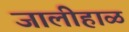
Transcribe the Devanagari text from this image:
जालीहाळ